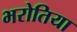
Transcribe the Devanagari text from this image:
भरोतिया